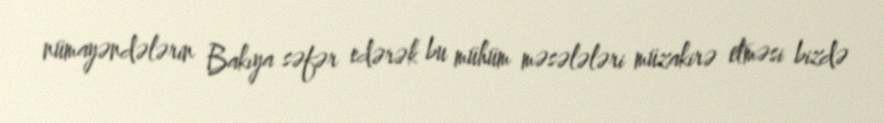
nümayəndələrin Bakıya səfər edərək bu mühüm məsələləri müzakirə etməsi bizdə